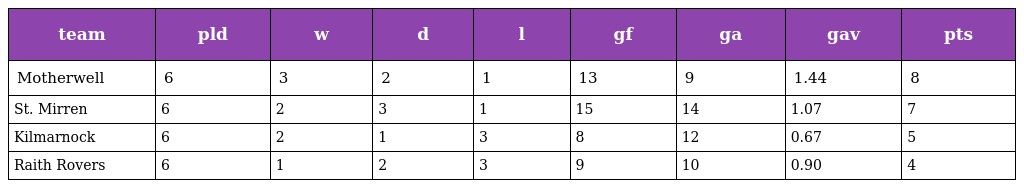
| team | pld | w | d | l | gf | ga | gav | pts |
 | --- | --- | --- | --- | --- | --- | --- | --- | --- |
 | Motherwell | 6 | 3 | 2 | 1 | 13 | 9 | 1.44 | 8 |
 | St. Mirren | 6 | 2 | 3 | 1 | 15 | 14 | 1.07 | 7 |
 | Kilmarnock | 6 | 2 | 1 | 3 | 8 | 12 | 0.67 | 5 |
 | Raith Rovers | 6 | 1 | 2 | 3 | 9 | 10 | 0.90 | 4 |